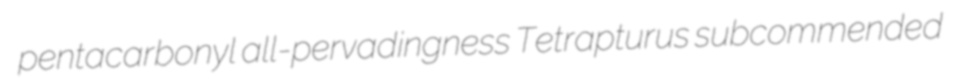
pentacarbonyl all-pervadingness Tetrapturus subcommended